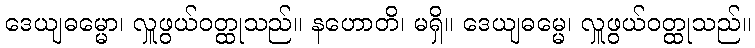
ဒေယျဓမ္မော၊ လှူဖွယ်ဝတ္ထုသည်။ နဟောတိ၊ မရှိ။ ဒေယျဓမ္မေ၊ လှူဖွယ်ဝတ္ထုသည်။